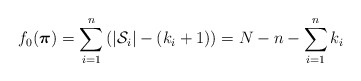
\begin{align*} f_0(\boldsymbol{\pi})=\sum_{i=1}^n\left(\vert\mathcal{S}_i\vert-(k_i+1)\right)=N-n-\sum_{i=1}^n k_i\end{align*}